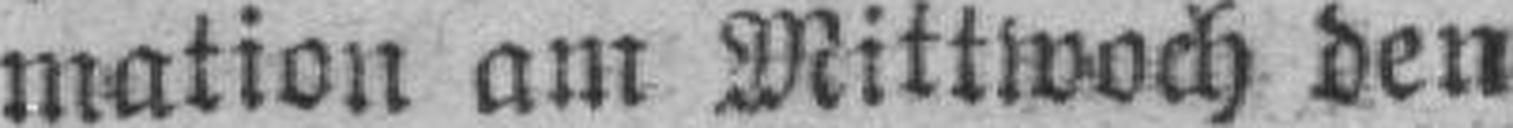
mation am Mittwoch den